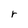
Character: r